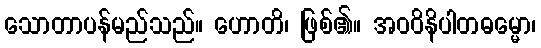
သောတာပန်မည်သည်။ ဟောတိ၊ ဖြစ်၏။ အဝဝိနိပါတဓမ္မော၊